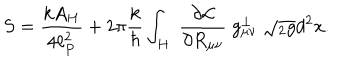
S = { \frac { k A _ { H } } { 4 \ell _ { P } ^ { 2 } } } + 2 \pi { \frac { k } { \hbar } } \int _ { H } \; { \frac { \partial { \cal L } } { \partial R _ { \mu \nu } } } \; g _ { \mu \nu } ^ { \perp } \; \sqrt { { } _ { 2 } g } d ^ { 2 } x .